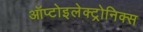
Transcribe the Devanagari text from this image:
ऑप्टोइलेक्ट्रोनिक्स